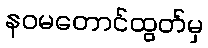
နဝမတောင်ထွတ်မှ